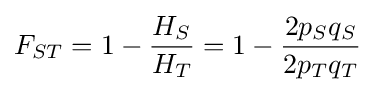
F_{ST}=1-{\frac {H_{S}}{H_{T}}}=1-{\frac {2p_{S}q_{S}}{2p_{T}q_{T}}}